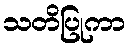
သတိပြုကာ